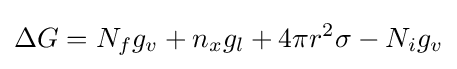
\Delta G=N_{f}g_{v}+n_{x}g_{l}+4\pi r^{2}\sigma -N_{i}g_{v}